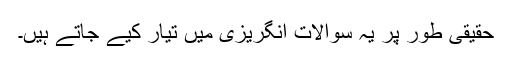
حقیقی طور پر یہ سوالات انگریزی میں تیار کیے جاتے ہیں۔